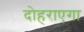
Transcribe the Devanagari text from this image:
दोहराएगा